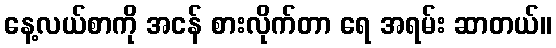
နေ့လယ်စာကို အငန် စားလိုက်တာ ရေ အရမ်း ဆာတယ်။